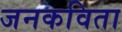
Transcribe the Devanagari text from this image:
जनकविता